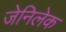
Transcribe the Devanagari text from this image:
जेनिलेक